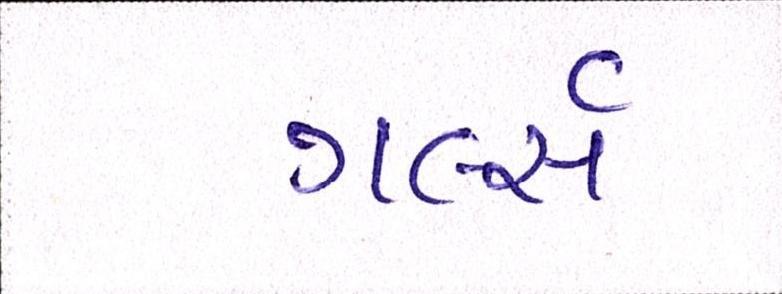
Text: ગર્લ્સ